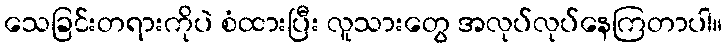
သေခြင်းတရားကိုပဲ စံထားပြီး လူသားတွေ အလုပ်လုပ်နေကြတာပါ။